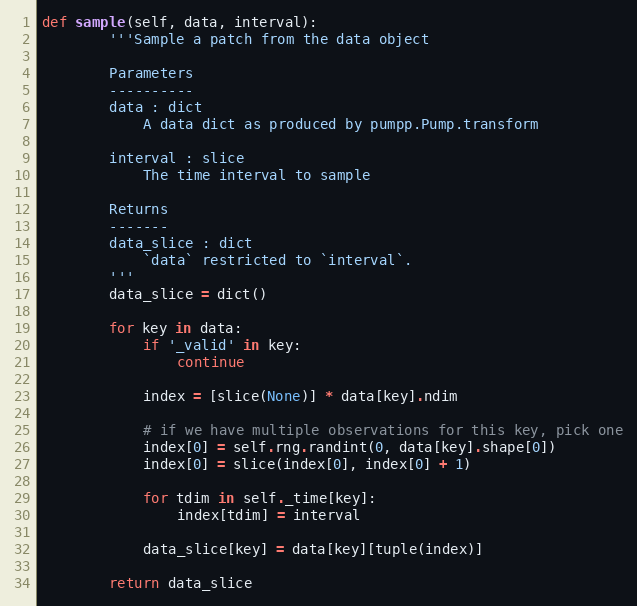
Language: Python
def sample(self, data, interval):
        '''Sample a patch from the data object

        Parameters
        ----------
        data : dict
            A data dict as produced by pumpp.Pump.transform

        interval : slice
            The time interval to sample

        Returns
        -------
        data_slice : dict
            `data` restricted to `interval`.
        '''
        data_slice = dict()

        for key in data:
            if '_valid' in key:
                continue

            index = [slice(None)] * data[key].ndim

            # if we have multiple observations for this key, pick one
            index[0] = self.rng.randint(0, data[key].shape[0])
            index[0] = slice(index[0], index[0] + 1)

            for tdim in self._time[key]:
                index[tdim] = interval

            data_slice[key] = data[key][tuple(index)]

        return data_slice